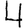
Digit: 4